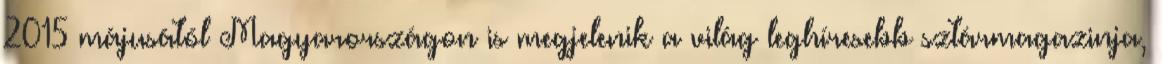
2015 májusától Magyarországon is megjelenik a világ leghíresebb sztármagazinja,